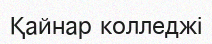
Қайнар колледжі